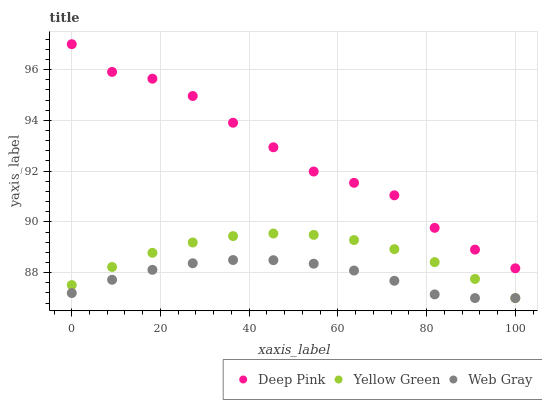
| xaxis_label | Deep Pink | Yellow Green | Web Gray |
 | --- | --- | --- | --- |
 | 0 | 97 | 87.5 | 87.2 |
 | 9.09 | 95.9 | 88.2 | 87.7 |
 | 18.2 | 95.6 | 88.8 | 88.1 |
 | 27.3 | 95 | 89.2 | 88.4 |
 | 36.4 | 93.9 | 89.4 | 88.5 |
 | 45.5 | 92.9 | 89.5 | 88.5 |
 | 54.5 | 92 | 89.5 | 88.4 |
 | 63.6 | 91.5 | 89.3 | 88.1 |
 | 72.7 | 91 | 88.9 | 87.7 |
 | 81.8 | 89.8 | 88.4 | 87.1 |
 | 90.9 | 88.9 | 87.8 | 87 |
 | 100 | 88.2 | 87 | 87 |